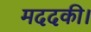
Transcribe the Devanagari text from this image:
मददकी।